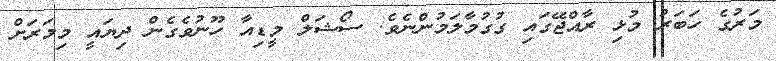
މަރުގެ ހަބަރު މުޅި ރާއްޖޭގައި ގުގުމާލަމުންނެވެ. ސޯޝަލް މީޑިއާ ހޫނުވެގެން ދިޔައީ މިމަރަށް